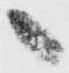
へ